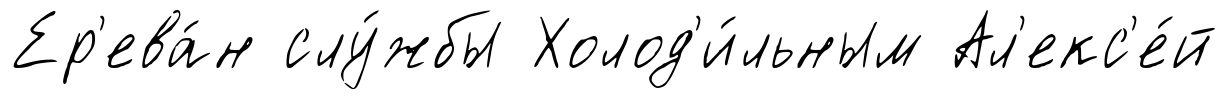
Ер'ева́н слу́жбы Холод'и́льным Ал'екс'е́й